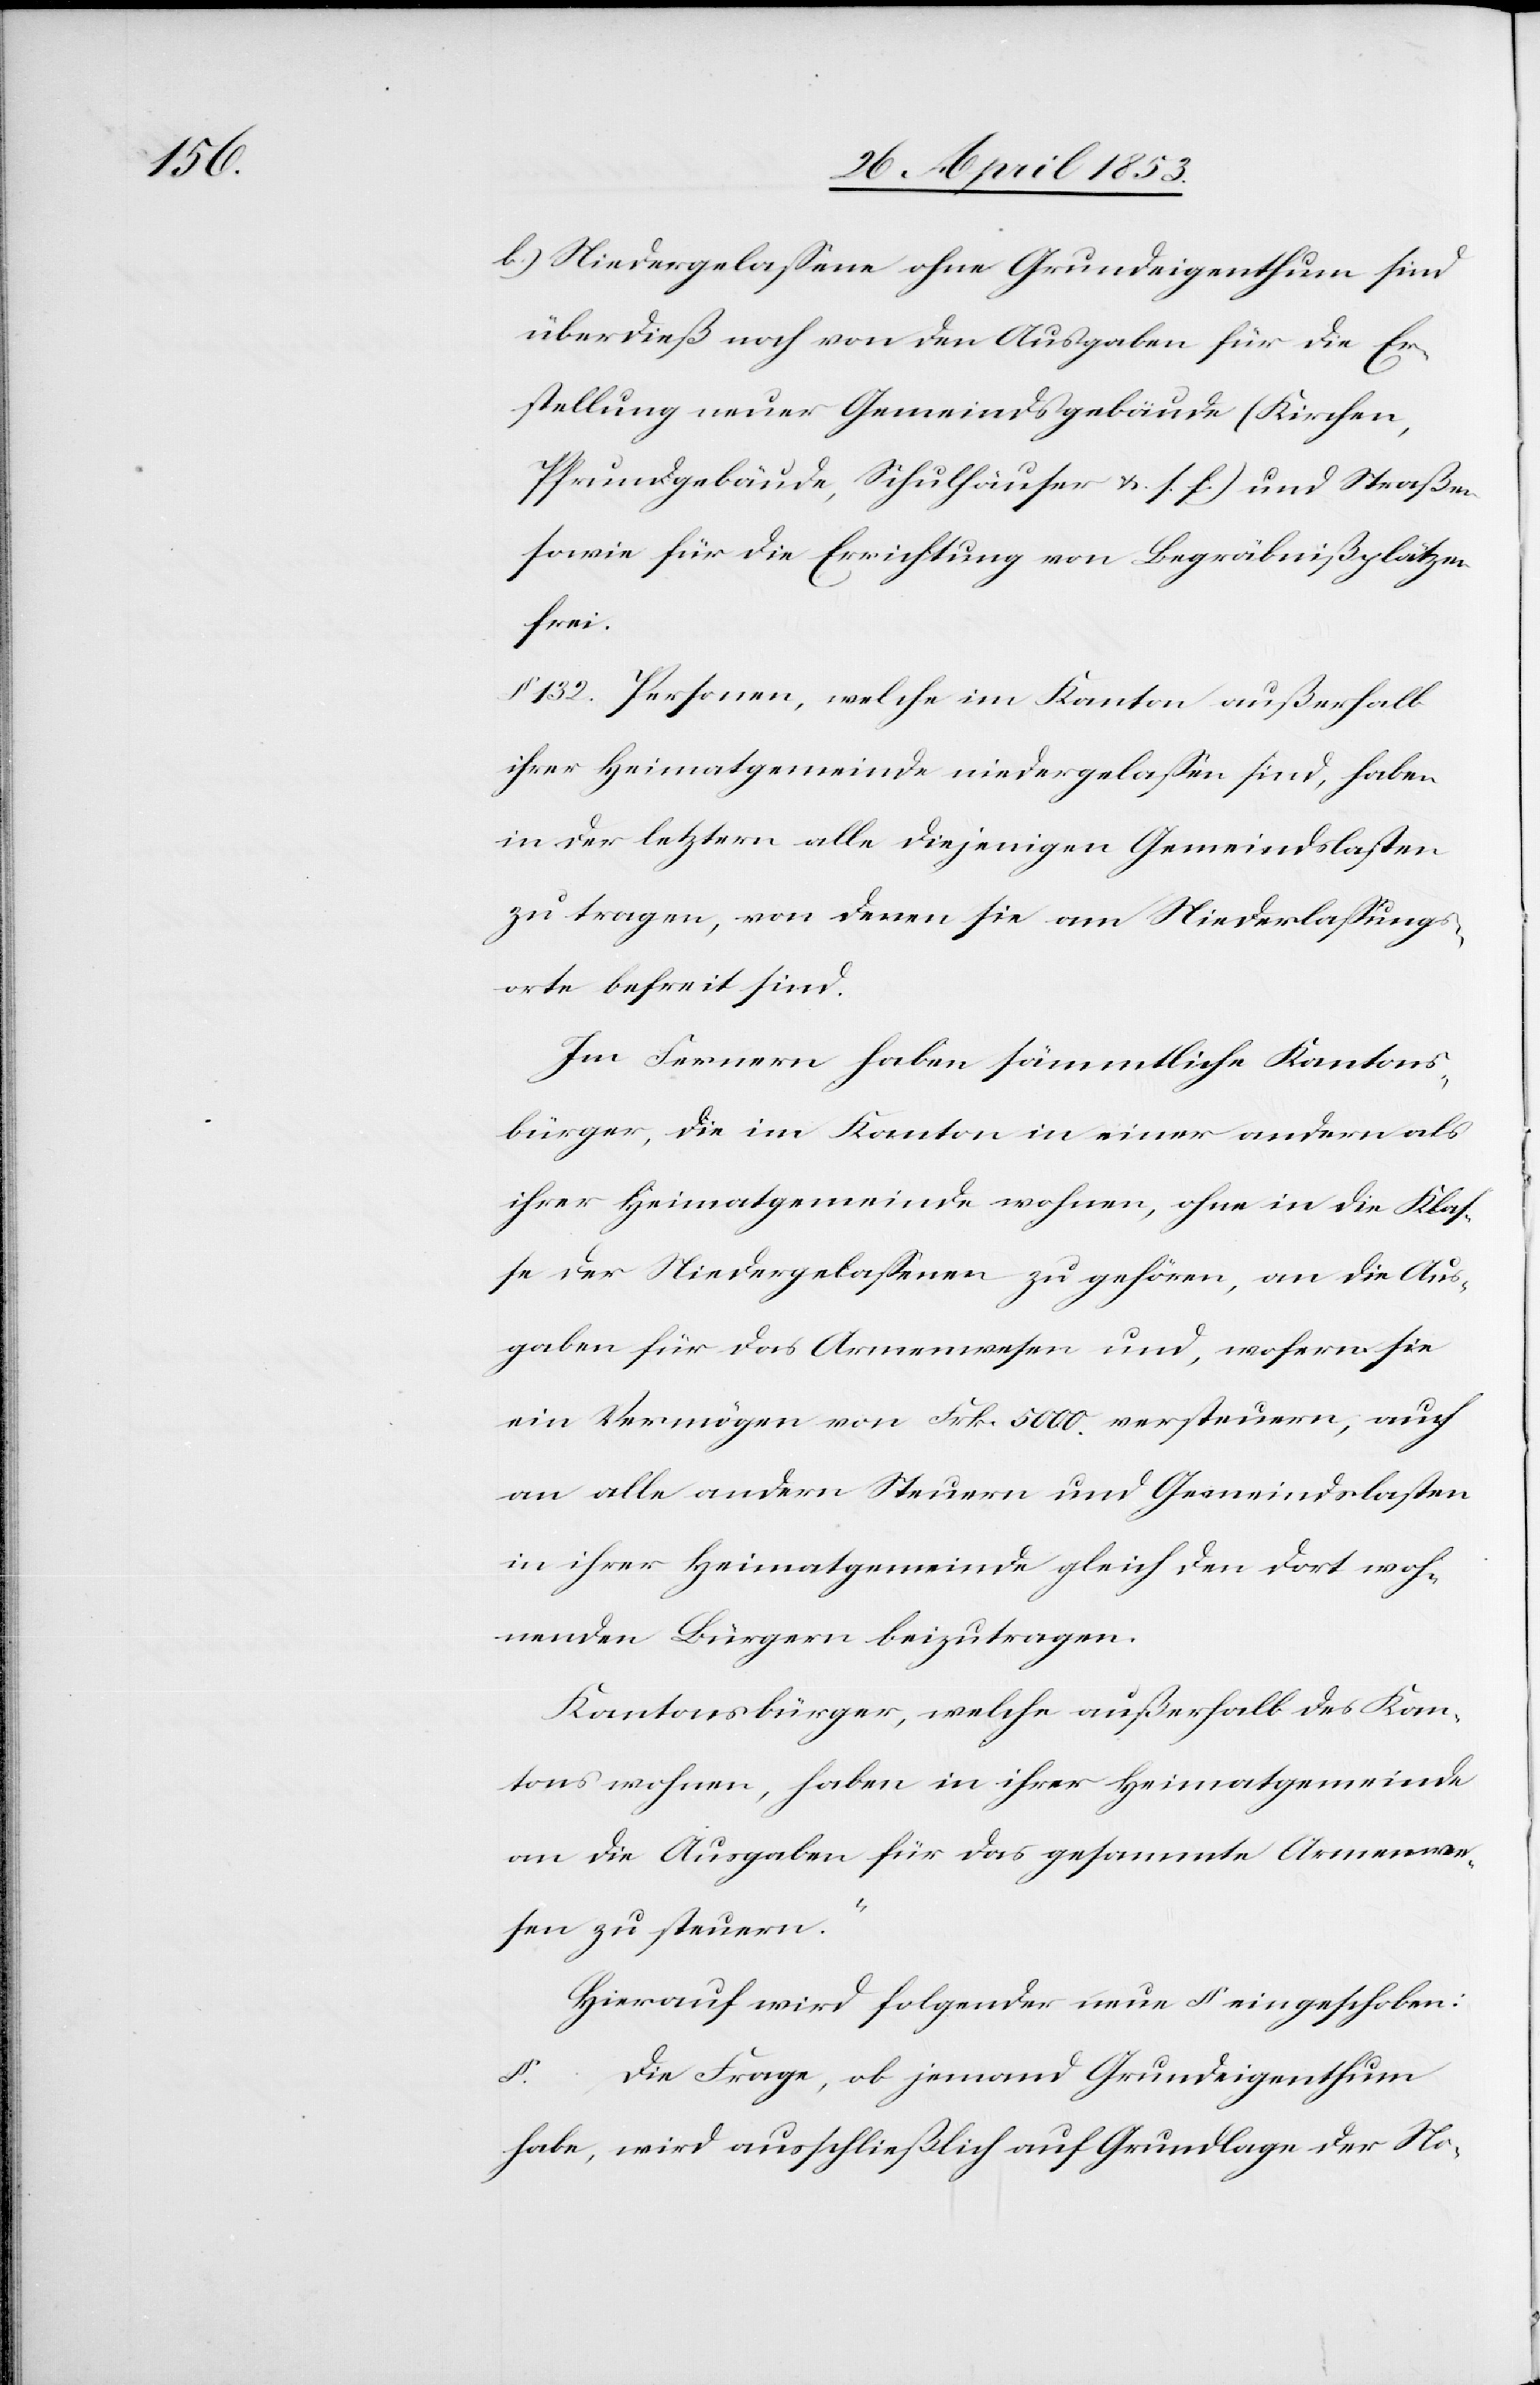
b) Niedergelassene ohne Grundeigenthum sind
überdieß noch von den Ausgaben für die Er¬
stellung neuer Gemeindsgebäude (Kirchen,
Pfrundgebäude, Schulhäuser u. s. f.) und Straßen
sowie für die Errichtung von Begräbnißplätzen
frei.
§ 132. Personen, welche im Kanton außerhalb
ihrer Heimatgemeinde niedergelassen sind, haben
in der letztern alle diejenigen Gemeindslasten
zu tragen, von denen sie am Niederlassungs¬
orte befreit sind.
Im Fernern haben sämmtliche Kantons¬
bürger, die im Kanton in einer andern als
ihrer Heimatgemeinde wohnen, ohne in die Klas¬
se der Niedergelassenen zu gehören, an die Aus¬
gaben für das Armenwesen und, wofern sie
ein Vermögen von Frk. 5000. versteuern, auch
an alle andern Steuern und Gemeindslasten
in ihrer Heimatgemeinde gleich den dort woh¬
nenden Bürgern beizutragen.
Kantonsbürger, welche außerhalb des Kan¬
tons wohnen, haben in ihrer Heimatgemeinde
an die Ausgaben für das gesammte Armenwe¬
sen zu steuern.“
Hierauf wird folgender neue § eingeschoben:
§. … Die Frage, ob jemand Grundeigenthum
habe, wird ausschließlich auf Grundlage der No-